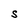
Character: S